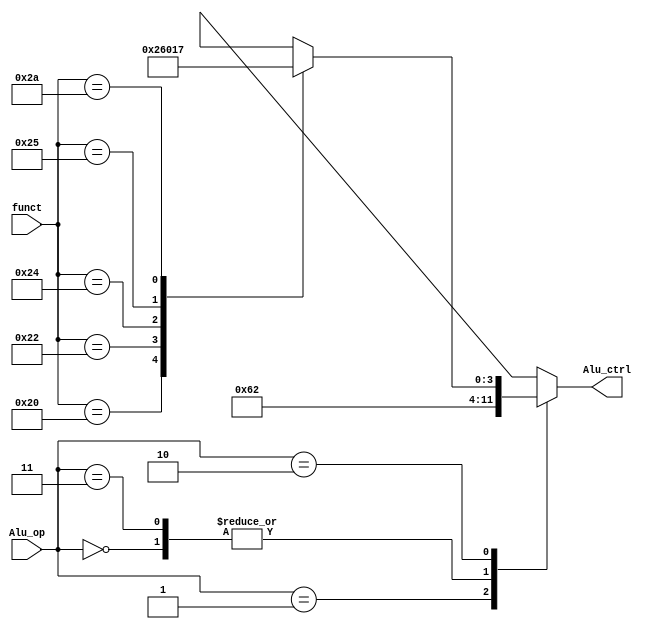
module Alu_ctrl(Alu_op,funct,Alu_ctrl);
  input [1:0]Alu_op;
  input [5:0]funct;
  output reg[3:0]Alu_ctrl;
  
    always @(*) begin
      case (Alu_op)
        2'b00: Alu_ctrl=4'b0010;
        2'b01: Alu_ctrl=4'b0110;
        2'b11: Alu_ctrl=4'b0010;
        2'b10: case (funct)
		    6'b100000: Alu_ctrl=4'b0010;
          6'b100010: Alu_ctrl=4'b0110;
          6'b100100: Alu_ctrl=4'b0000;
          6'b100101: Alu_ctrl=4'b0001;
          6'b101010: Alu_ctrl=4'b0111;
          default: Alu_ctrl=4'bXXXX;
        endcase
        default: Alu_ctrl=4'bXXXX;
      endcase
    end
endmodule